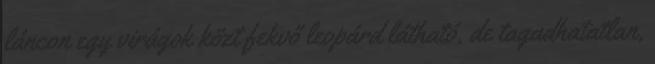
láncon egy virágok közt fekvő leopárd látható, de tagadhatatlan,